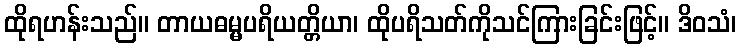
ထိုရဟန်းသည်။ တာယဓမ္မပရိယတ္တိယာ၊ ထိုပရိသတ်ကိုသင်ကြားခြင်းဖြင့်။ ဒိဝသံ၊